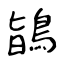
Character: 鴲